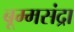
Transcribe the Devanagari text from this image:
बूम्मसंद्रा